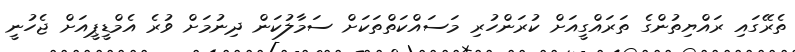
ތެރޭގައި ރައްޔިތުންގެ ތަރައްގީއަށް ކުރަންހުރި މަސައްކަތްތަކަށް ސަމާލުކަން ދިނުމަށް ވުރެ އެމްޑީޕީއަށް ޖެހުނީ